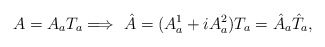
\begin{align*}A=A_{a}T_{a}\Longrightarrow \,\,\hat{A}=(A^{1}_{a}+iA^{2}_{a})T_{a}=\hat{A}_{a}\hat{T}_{a},\end{align*}